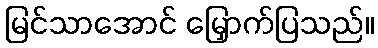
မြင်သာအောင် မြှောက်ပြသည်။